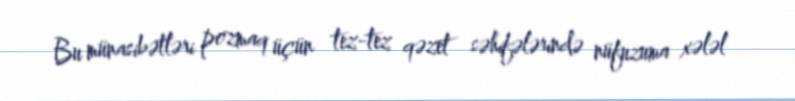
Bu münasibətləri pozmaq üçün tez-tez qəzet səhifələrində nüfuzuma xələl